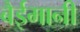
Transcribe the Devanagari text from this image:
बैईमानी